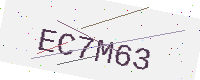
Text: EC7M63